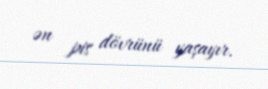
ən pis dövrünü yaşayır.